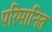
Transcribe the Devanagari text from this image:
परिमानित